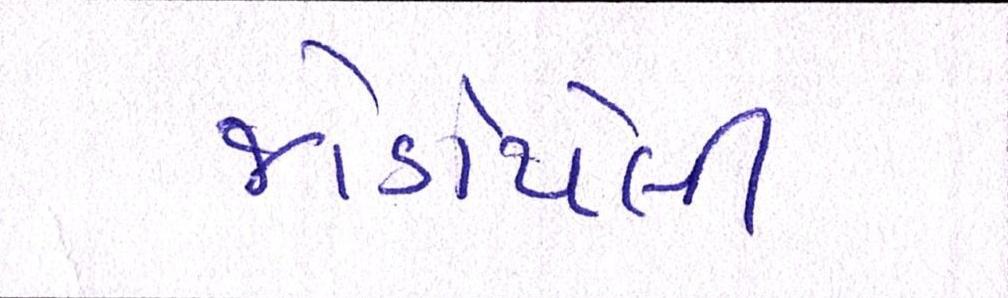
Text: જોડાયેલી